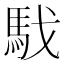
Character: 𩢅